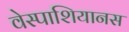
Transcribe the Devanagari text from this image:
वेस्पाशियानस